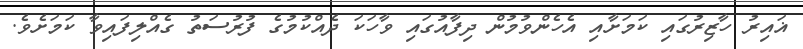
ޣައިރު ހާޒިރުގައި ކަމަށާއި އެހެންވުމުން ދިފާއުގައި ވާހަކަ ދެއްކުމުގެ ފުރުސަތު ގެއްލިފައިވާ ކަމަށެވެ.